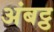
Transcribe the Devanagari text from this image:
अंबट्ठ